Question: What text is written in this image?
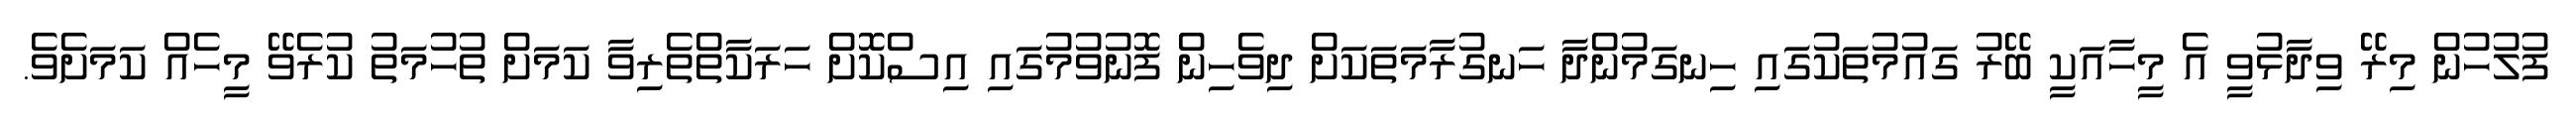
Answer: ފުލުހުން މިރޭ ވިދާޅުވީ އެ މީހާއަކީ ބޭރު ގައުމުތަކުގައި ހިނގަމުންދާ ހަނގުރާމަތަކަށް ދިވެހިން ފޮނުވުމުގައި އިސްކޮށް ހަރަކާތްތެރިވާ ކަމަށް ތުހުމަތު ކުރެވޭ މީހެއް ކަމަށެވެ.